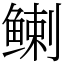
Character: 𬶟